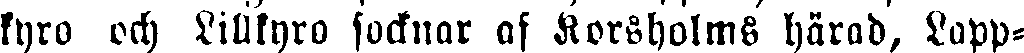
kyro och Lillkyro socknar af Korsholms härad. Lapp-